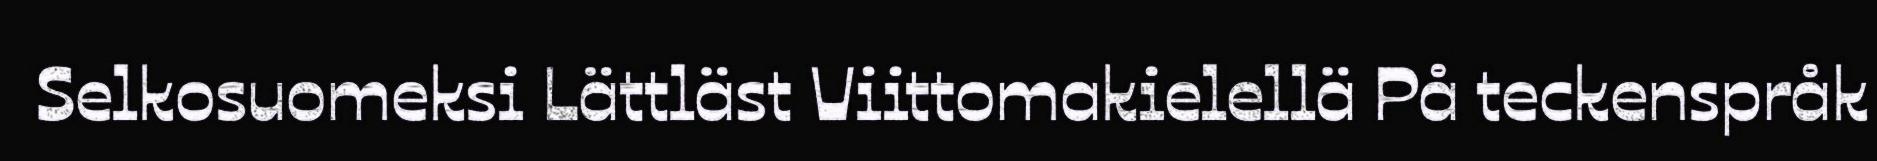
Selkosuomeksi Lättläst Viittomakielellä På teckenspråk